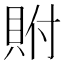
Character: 𮙼